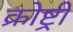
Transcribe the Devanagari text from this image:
क्रोष्ट्री